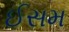
ઈસમ